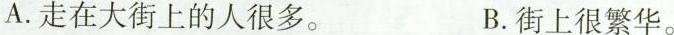
A.走在大街上的人很多。 B.街上很繁华。